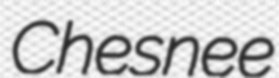
Chesnee